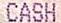
CASH